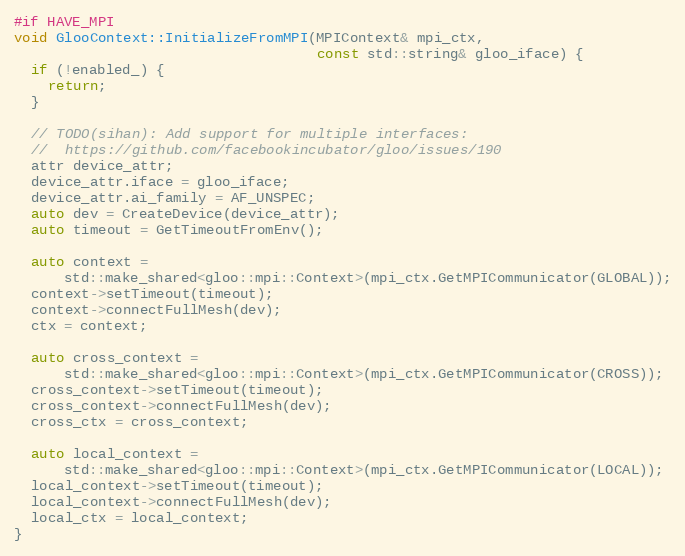
Language: C++
#if HAVE_MPI
void GlooContext::InitializeFromMPI(MPIContext& mpi_ctx,
                                    const std::string& gloo_iface) {
  if (!enabled_) {
    return;
  }

  // TODO(sihan): Add support for multiple interfaces:
  //  https://github.com/facebookincubator/gloo/issues/190
  attr device_attr;
  device_attr.iface = gloo_iface;
  device_attr.ai_family = AF_UNSPEC;
  auto dev = CreateDevice(device_attr);
  auto timeout = GetTimeoutFromEnv();

  auto context =
      std::make_shared<gloo::mpi::Context>(mpi_ctx.GetMPICommunicator(GLOBAL));
  context->setTimeout(timeout);
  context->connectFullMesh(dev);
  ctx = context;

  auto cross_context =
      std::make_shared<gloo::mpi::Context>(mpi_ctx.GetMPICommunicator(CROSS));
  cross_context->setTimeout(timeout);
  cross_context->connectFullMesh(dev);
  cross_ctx = cross_context;

  auto local_context =
      std::make_shared<gloo::mpi::Context>(mpi_ctx.GetMPICommunicator(LOCAL));
  local_context->setTimeout(timeout);
  local_context->connectFullMesh(dev);
  local_ctx = local_context;
}